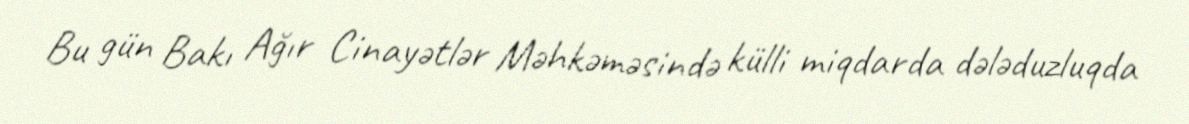
Bu gün Bakı Ağır Cinayətlər Məhkəməsində külli miqdarda dələduzluqda